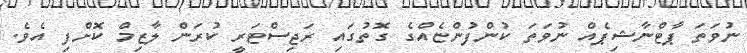
ނުވަތަ ޕާޓްނާޝިޕެއް ނުވަތަ ކުންފުންޏެއްގެ ގޮތުގައި ރަޖިސްޓަރީ ކުރަން ލާޒިމް ކޮށްފި އެވެ.